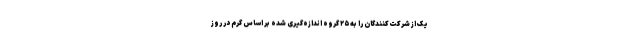
یک از شرکت‌کنندگان را به ۲۵ گروه اندازه‌گیری شده بر اساس گرم در روز